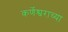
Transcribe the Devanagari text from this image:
कर्णेश्वराच्या